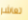
تعاشر